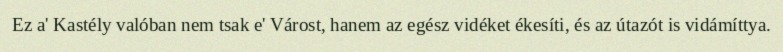
Ez a' Kastély valóban nem tsak e' Várost, hanem az egész vidéket ékesíti, és az útazót is vidámíttya.